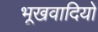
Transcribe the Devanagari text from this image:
भूखवादियों